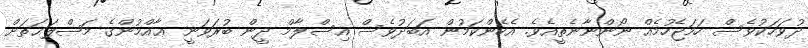
ދުވަހަކުވެސް ހަމަޖެހުމެއް ނޯންނާނެތީއެވެ. އެހެންކަމުން އަބަދުވެސް އިސްލާމް ދީން ބުރަވަނީ ޢާއްމުންގެ މަޞްލަޙަތަށް